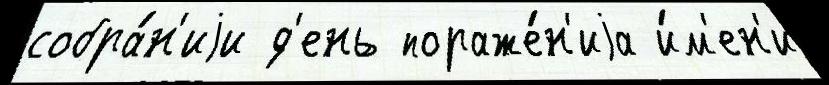
собра́н'иjи д'ень пораже́н'иjа и́м'ен'и